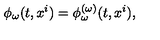
\phi _ { \omega } ( t , x ^ { i } ) = \phi _ { \omega } ^ { ( \omega ) } ( t , x ^ { i } ) ,